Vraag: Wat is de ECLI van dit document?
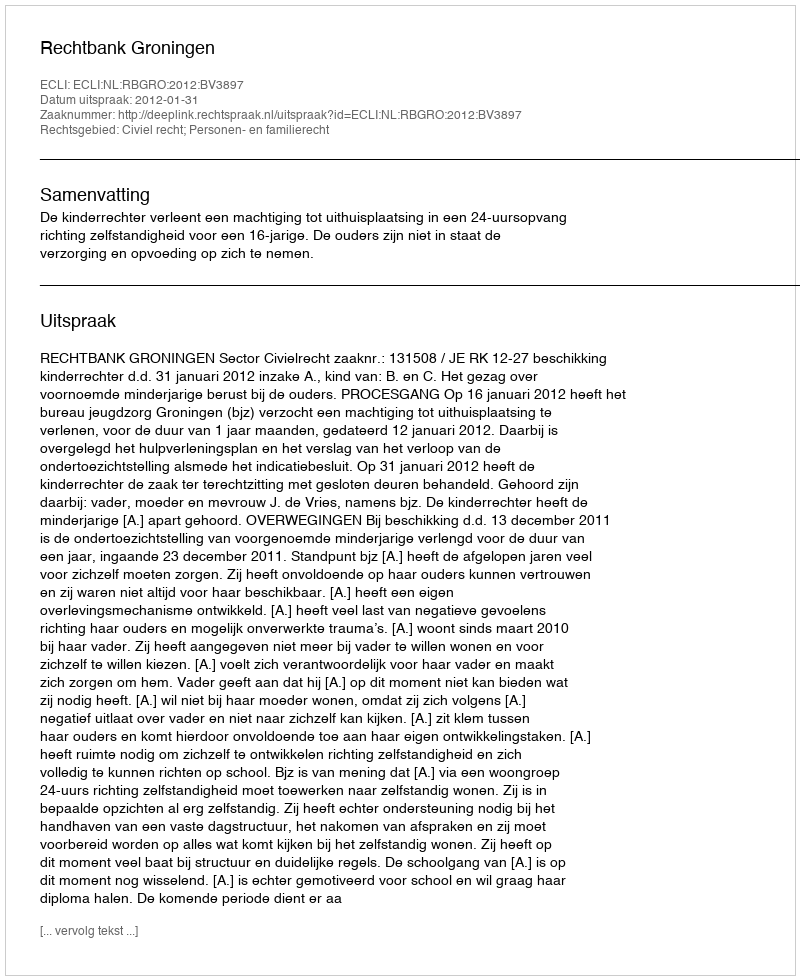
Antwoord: ECLI:NL:RBGRO:2012:BV3897